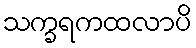
သက္ခရကထလာပိ